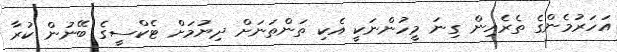
އަހަރުމެންގެ ތެރެއިން ގިނަ މީހުންނަކީ އެކި ތަންތަނަށް ދިޔުމަށް ޓެކްސީގެ ބޭނުން ކުރާ